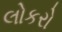
લોકરો